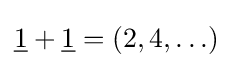
{\underline {1}}+{\underline {1}}=(2,4,\ldots )